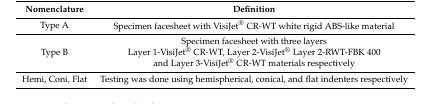
| Nomenclature | Definition |
 | --- | --- |
 | Type A | Specimen facesheet with VisiJet® CR-WT white rigid ABS-like material |
 | Type B | Specimen facesheet with three layersLayer 1-VisiJet® CR-WT, Layer 2-VisiJet® Layer 2-RWT-FBK 400 and Layer 3-VisiJet® CR-WT materials respectively |
 | Hemi, Coni, Flat | Testing was done using hemispherical, conical, and flat indenters respectively |